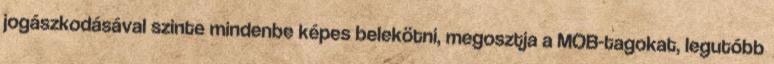
jogászkodásával szinte mindenbe képes belekötni, megosztja a MOB-tagokat, legutóbb